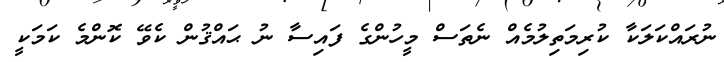
ނުރައްކަލަކާ ކުރިމަތިލުމެއް ނެތަސް މީހުންގެ ފައިސާ ނު ޙައްޤުން ކެވޭ ކޮންމެ ކަމަކީ